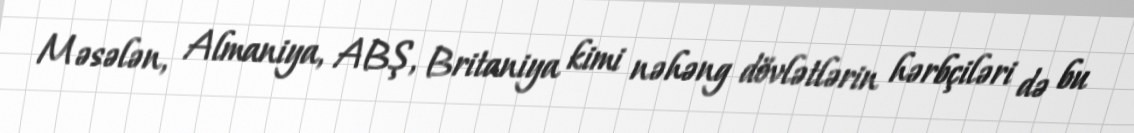
Məsələn, Almaniya, ABŞ, Britaniya kimi nəhəng dövlətlərin hərbçiləri də bu